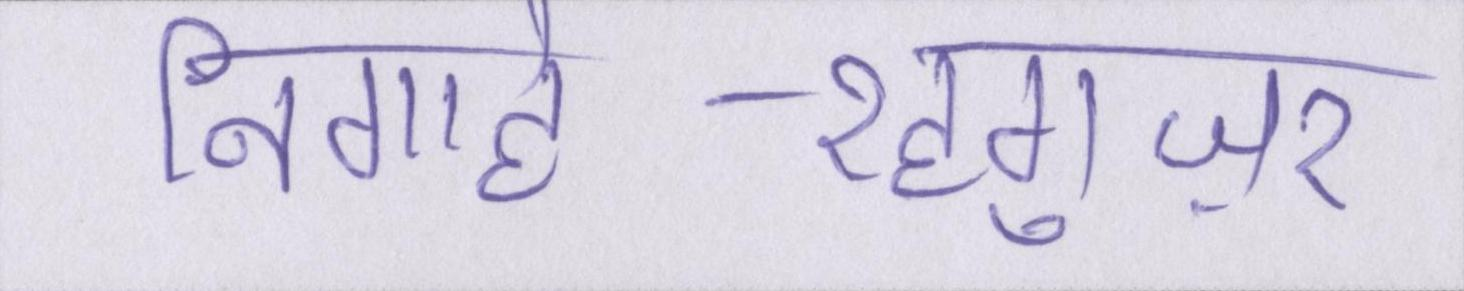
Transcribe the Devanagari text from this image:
निगाहे-रहगुज़र